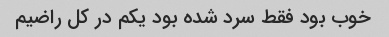
خوب بود فقط سرد شده بود یکم در کل راضیم